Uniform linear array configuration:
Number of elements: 16
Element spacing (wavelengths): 0.5
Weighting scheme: exponential
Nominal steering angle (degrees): -45
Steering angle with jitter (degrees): -43.328
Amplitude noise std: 0.05
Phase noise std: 0.05

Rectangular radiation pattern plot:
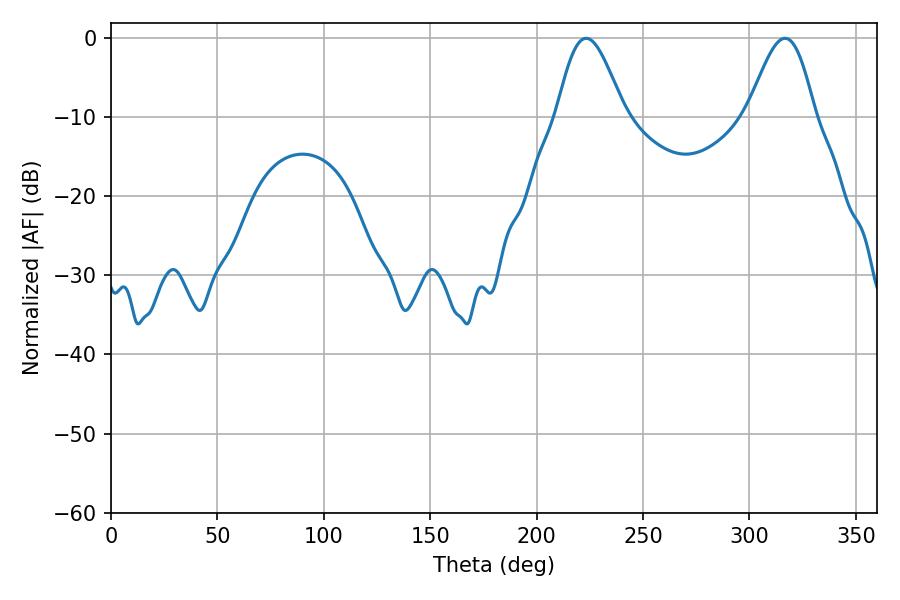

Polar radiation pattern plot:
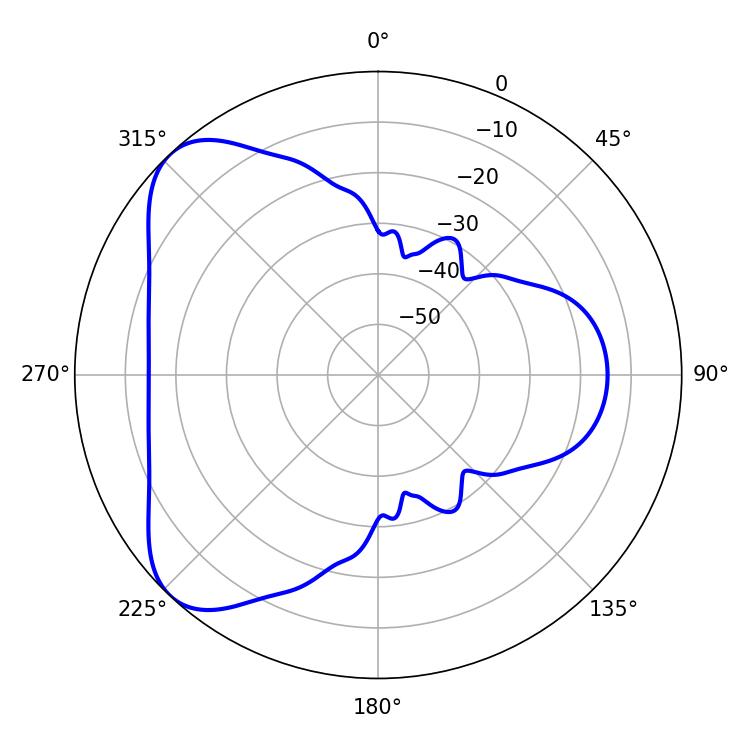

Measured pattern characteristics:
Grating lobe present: FALSE
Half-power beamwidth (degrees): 16.74
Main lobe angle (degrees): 223.2